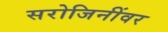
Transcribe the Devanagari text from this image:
सरोजिनींवर